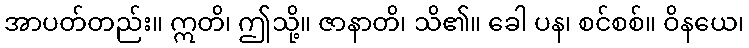
အာပတ်တည်း။ ဣတိ၊ ဤသို့။ ဇာနာတိ၊ သိ၏။ ခေါ ပန၊ စင်စစ်။ ဝိနယေ၊